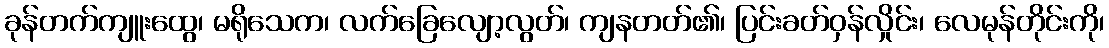
ခုန်တက်ကျူးထွေ၊ မရိုသေက၊ လက်ခြေလျော့လွတ်၊ ကျနတတ်၏၊ ပြင်းခတ်ဝှန်လှိုင်း၊ လေမုန်တိုင်းကို၊